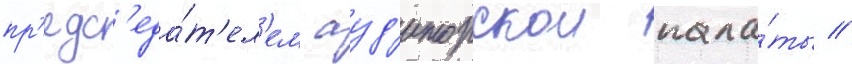
пр'едс'еда́т'ел'ем ауд'иторскои пала́ты //